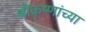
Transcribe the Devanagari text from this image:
श्रीकृष्णांच्या